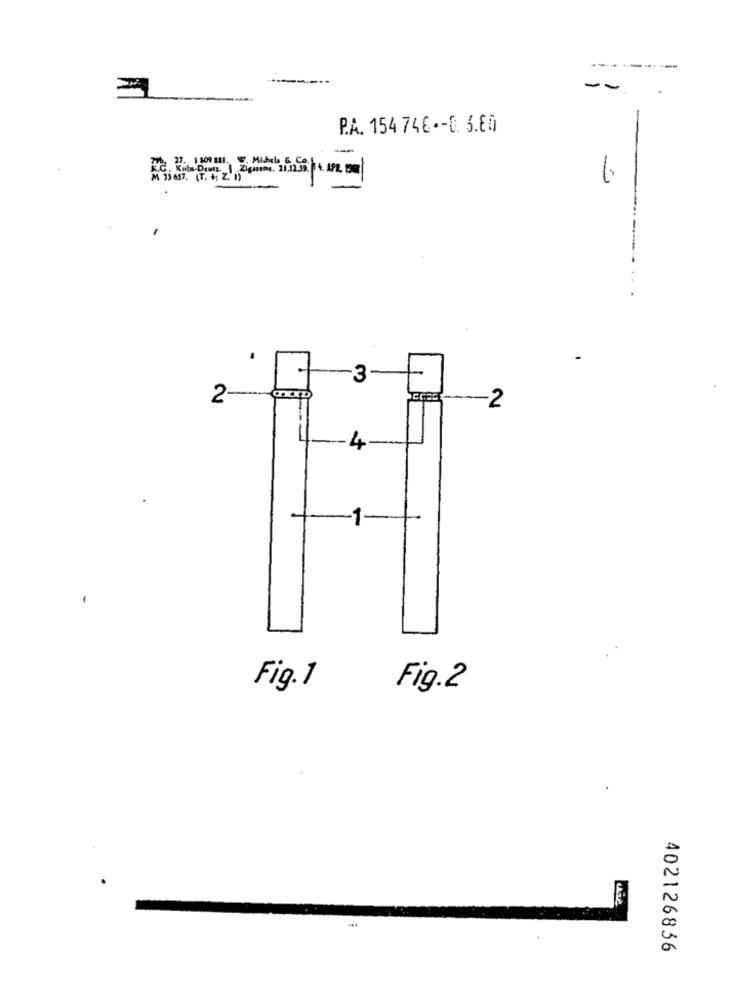
-----
--
P.A. 154 746 -- 0. 3.80
-
Ke. 2. 109 m. V. Midels 5 C
Dant Zigsome, 21.12.9. 14. APR 199
M 35 637. (T. +: Z.'1)
. ..
-3
2
-2
4
Fig.1
Fig.2
402126836